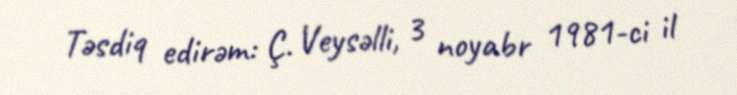
Təsdiq edirəm: Ç. Veysəlli, 3 noyabr 1981-ci il